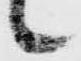
候